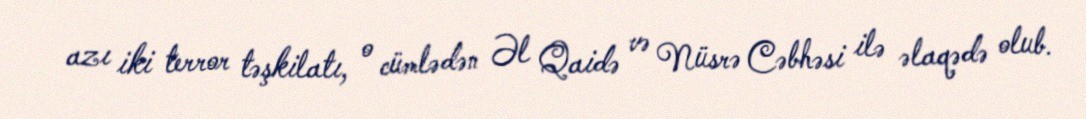
azı iki terror təşkilatı, o cümlədən Əl Qaidə və Nüsrə Cəbhəsi ilə əlaqədə olub.